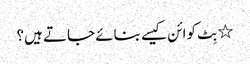
٭ بِٹ کوائن کیسے بنائے جاتے ہیں؟